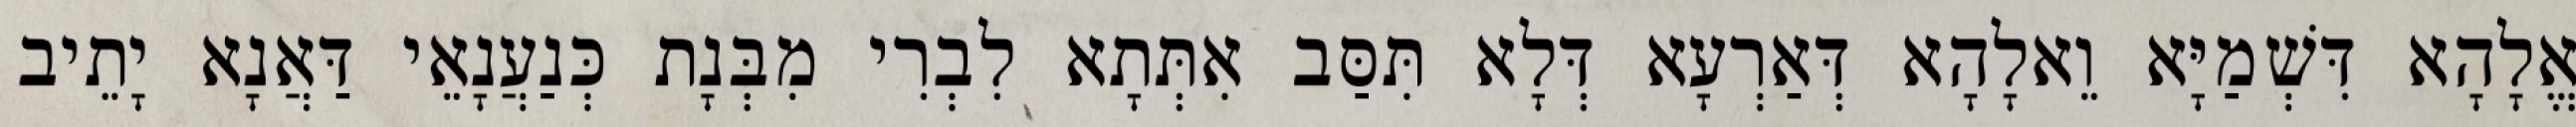
אֱלָהָא דִּשְׁמַיָּא וֵאלָהָא דְּאַרְעָא דְּלָא תִּסַּב אִתְּתָא לִבְרִי מִבְּנָת כְּנַעֲנָאֵי דַּאֲנָא יָתֵיב